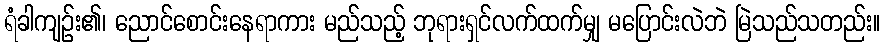
ရံခါကျဉ်း၏၊ ညောင်စောင်းနေရာကား မည်သည့် ဘုရားရှင်လက်ထက်မျှ မပြောင်းလဲဘဲ မြဲသည်သတည်း။